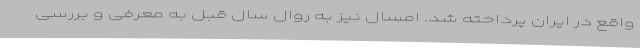
واقع در ایران پرداخته شد. امسال نیز به روال سال قبل به معرفی و بررسی